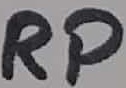
Text: RP